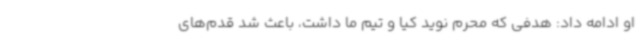
او ادامه داد: هدفی که محرم نوید کیا و تیم ما داشت، باعث شد قدم‌های